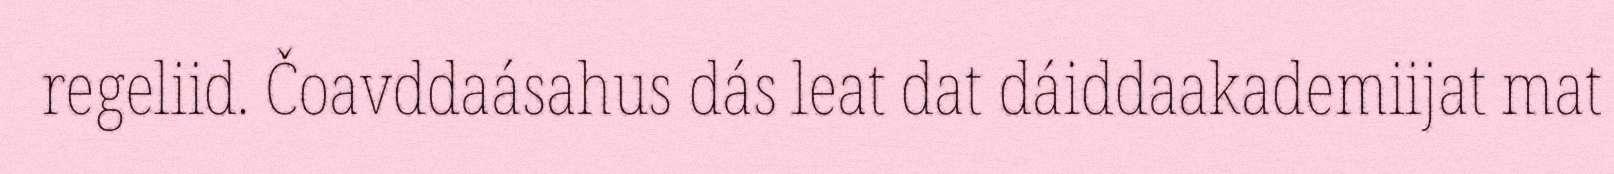
regeliid. Čoavddaásahus dás leat dat dáiddaakademiijat mat